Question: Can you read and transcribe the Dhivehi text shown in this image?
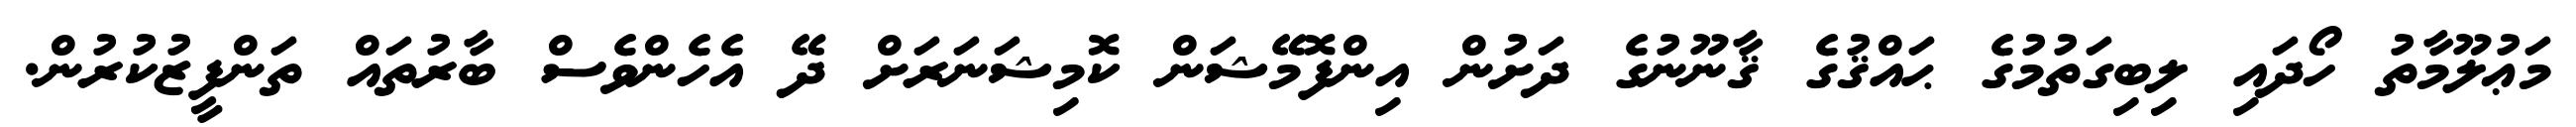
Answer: މަޢުލޫމާތު ހޯދައި ލިބިގަތުމުގެ ޙައްޤުގެ ޤާނޫނުގެ ދަށުން އިންފޮމޭޝަން ކޮމިޝަނަރަށް ދޭ އެހެންވެސް ބާރުތައް ތަންފީޒުކުރުން.